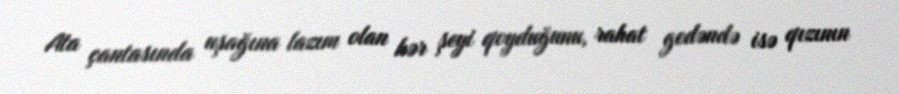
Ata çantasında uşağına lazım olan hər şeyi qoyduğunu, rahat gedəndə isə qızının